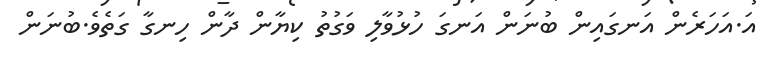
އަ.އަހަރެން އަނގައިން ބުނަން އަނގަ ހުޅުވާލި ވަގުތު ކިޔާން ދާން ހިނގާ ގަތެވެ.ބުނަން